Report on the lunatic asylums under the Government of Bombay - 1904-1913
Year: 1904
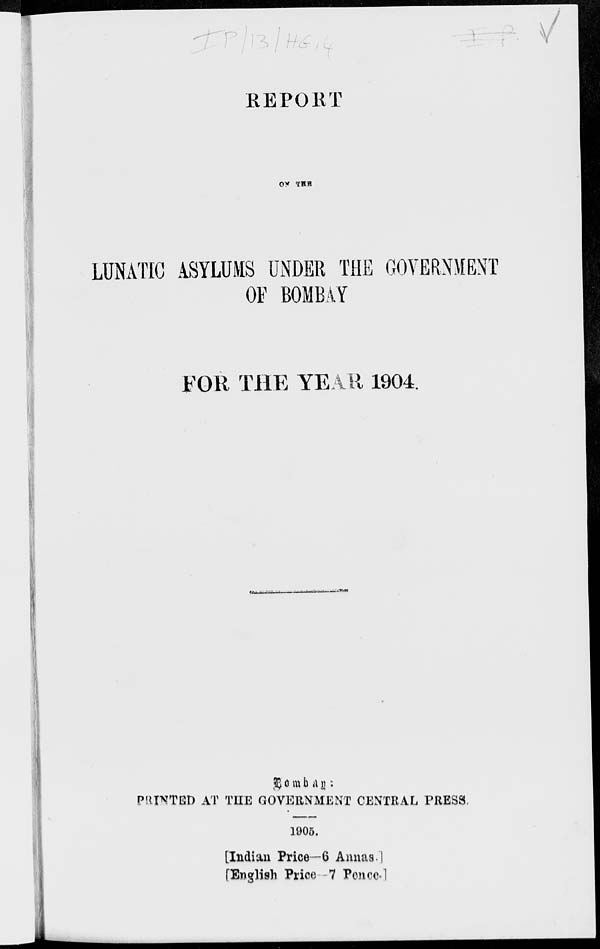
REPORT
ON THE
LUNATIC ASYLUMS UNDER THE GOVERNMENT
OF BOMBAY
FOR THE YEAR 1904.
Bombay:
PRINTED AT THE GOVERNMENT CENTRAL PRESS.
1905.
[Indian Price—6 Annas.]
[English Price—7 Pence.]